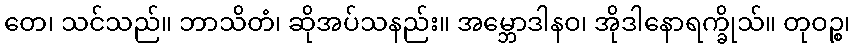
တေ၊ သင်သည်။ ဘာသိတံ၊ ဆိုအပ်သနည်း။ အမ္ဘောဒါနဝ၊ အိုဒါနောရက္ခိုသ်။ တုဝဉ္စ၊